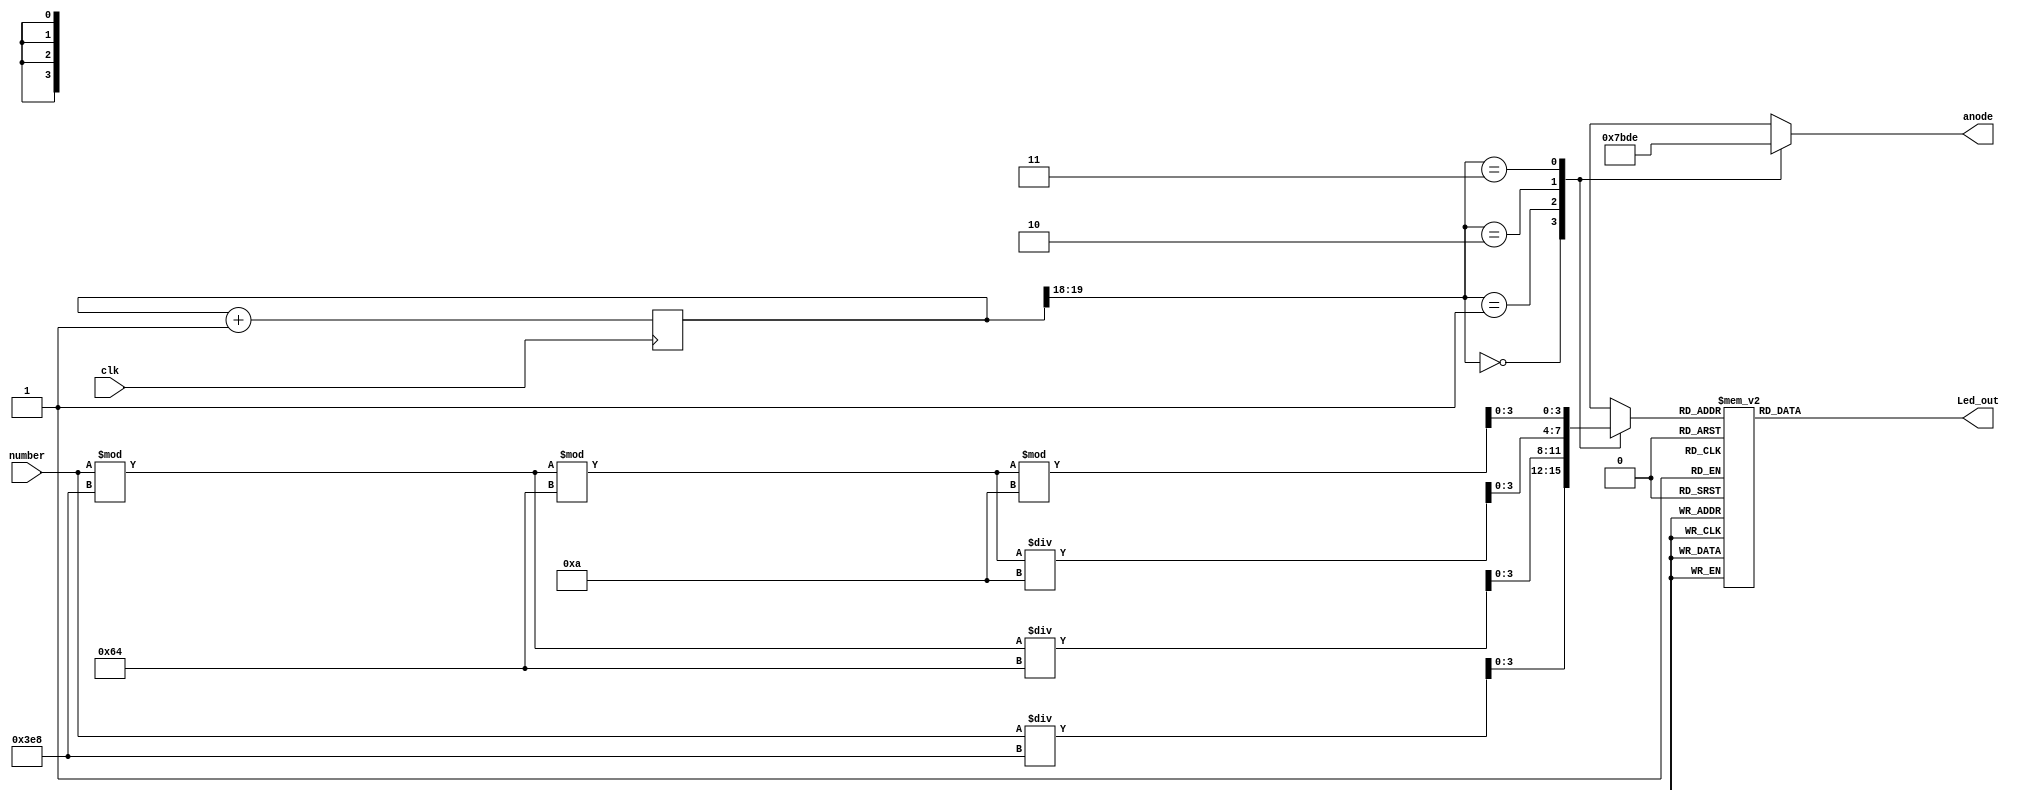
module sevenseg(
    input [15:0] number,
    input clk,
    output reg [3:0] anode,
    output reg [6:0] Led_out
    );
    
    wire [15:0] number; // counting number to be displayed
    reg [3:0] LED_BCD;
    reg [19:0] refresh_counter; // 20-bit for creating 10.5ms refresh period or 380Hz refresh rate
             // the first 2 MSB bits for creating 4 LED-activating signals with 2.6ms digit period
    wire [1:0] LED_activating_counter; 

                 // count     0    ->  1  ->  2  ->  3
              // activates    LED1    LED2   LED3   LED4
             // and repeat
    always @(posedge clk)
        begin 
        refresh_counter <= refresh_counter + 1;
        end 
        assign LED_activating_counter = refresh_counter[19:18];
        // anode activating signals for 4 LEDs, digit period of 2.6ms
        // decoder to generate anode signals 
        always @(*)
        begin
            case(LED_activating_counter)
            2'b00: begin
                anode = 4'b0111; 
                // activate LED1 and Deactivate LED2, LED3, LED4
                LED_BCD = number/1000;
                // the first digit of the 16-bit number
                  end
            2'b01: begin
                anode= 4'b1011; 
                // activate LED2 and Deactivate LED1, LED3, LED4
                LED_BCD = (number % 1000)/100;
                // the second digit of the 16-bit number
                  end
            2'b10: begin
                anode= 4'b1101; 
                // activate LED3 and Deactivate LED2, LED1, LED4
                LED_BCD = ((number % 1000)%100)/10;
                // the third digit of the 16-bit number
                    end
            2'b11: begin
                anode = 4'b1110; 
                // activate LED4 and Deactivate LED2, LED3, LED1
                LED_BCD = ((number % 1000)%100)%10;
                // the fourth digit of the 16-bit number    
                   end
            endcase
        end
        // Cathode patterns of the 7-segment LED display 
        always @(*)
        begin
            case(LED_BCD)
            4'b0000: Led_out = 7'b0000001; // "0"     
            4'b0001: Led_out = 7'b1001111; // "1" 
            4'b0010: Led_out = 7'b0010010; // "2" 
            4'b0011: Led_out = 7'b0000110; // "3" 
            4'b0100: Led_out = 7'b1001100; // "4" 
            4'b0101: Led_out = 7'b0100100; // "5" 
            4'b0110: Led_out = 7'b0100000; // "6" 
            4'b0111: Led_out = 7'b0001111; // "7" 
            4'b1000: Led_out = 7'b0000000; // "8"     
            4'b1001: Led_out = 7'b0000100; // "9" 
            default: Led_out = 7'b0000001; // "0"
            endcase
        end
endmodule